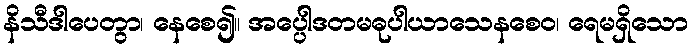
နိသီဒါပေတွာ၊ နေစေ၍။ အပ္ပေါဒတမဓုပါယာသေနစေဝ၊ ရေမရှိသော